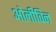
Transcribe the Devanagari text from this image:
ओलीविन